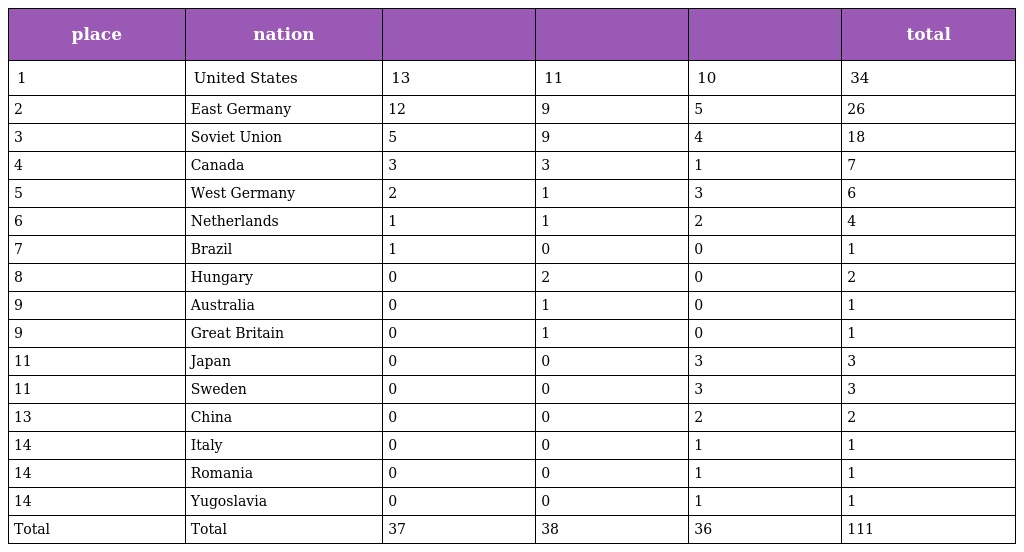
| place | nation |  |  |  | total |
 | --- | --- | --- | --- | --- | --- |
 | 1 | United States | 13 | 11 | 10 | 34 |
 | 2 | East Germany | 12 | 9 | 5 | 26 |
 | 3 | Soviet Union | 5 | 9 | 4 | 18 |
 | 4 | Canada | 3 | 3 | 1 | 7 |
 | 5 | West Germany | 2 | 1 | 3 | 6 |
 | 6 | Netherlands | 1 | 1 | 2 | 4 |
 | 7 | Brazil | 1 | 0 | 0 | 1 |
 | 8 | Hungary | 0 | 2 | 0 | 2 |
 | 9 | Australia | 0 | 1 | 0 | 1 |
 | 9 | Great Britain | 0 | 1 | 0 | 1 |
 | 11 | Japan | 0 | 0 | 3 | 3 |
 | 11 | Sweden | 0 | 0 | 3 | 3 |
 | 13 | China | 0 | 0 | 2 | 2 |
 | 14 | Italy | 0 | 0 | 1 | 1 |
 | 14 | Romania | 0 | 0 | 1 | 1 |
 | 14 | Yugoslavia | 0 | 0 | 1 | 1 |
 | Total | Total | 37 | 38 | 36 | 111 |